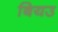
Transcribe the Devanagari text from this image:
बियउ